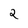
Character: 2